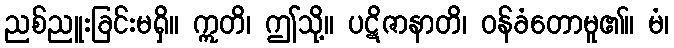
ညစ်ညူးခြင်းမရှိ။ ဣတိ၊ ဤသို့။ ပဋိဇာနာတိ၊ ဝန်ခံတောမူ၏။ မံ၊